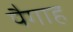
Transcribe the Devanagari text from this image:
पैगाह